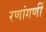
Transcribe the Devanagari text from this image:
रणांगणीं